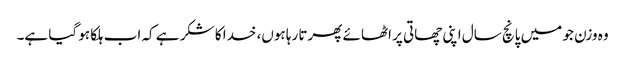
وہ وزن جو میں پانچ سال اپنی چھاتی پر اٹھائے پھرتا رہا ہوں، خدا کا شکر ہے کہ اب ہلکا ہو گیا ہے۔